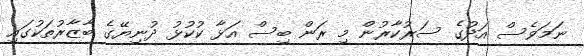
ނަމަވެސް އަދުގެ ސަރުކާރުން މި ރަން ބިސް އަޅާ ކުކުޅު ދުނިޔޭގެ ބާޒާރުތަކުގައި